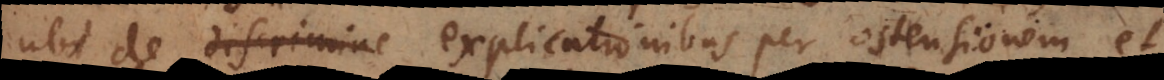
ubi de discrimine explicationibus per ostensionem et